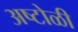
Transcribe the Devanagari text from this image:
अष्टोळी